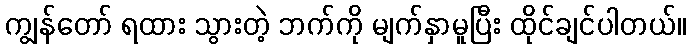
ကျွန်တော် ရထား သွားတဲ့ ဘက်ကို မျက်နှာမူပြီး ထိုင်ချင်ပါတယ်။